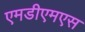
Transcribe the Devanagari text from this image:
एमडीएमएस